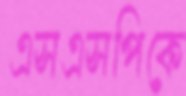
এসএসপিকে